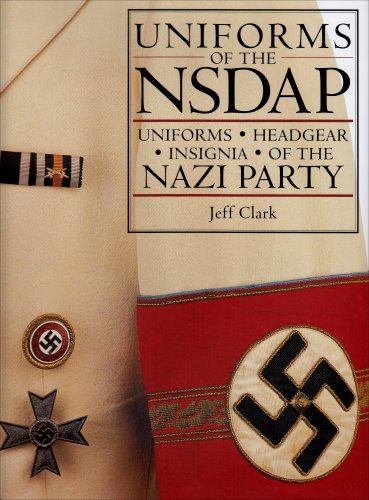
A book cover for Uniforms of the NSDAP: Uniforms - Headgear - Insignia of the Nazi Party; Jeff Clark; Arts & Photography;